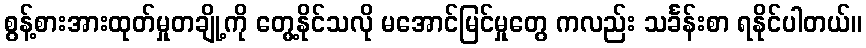
စွန့်စားအားထုတ်မှုတချို့ကို တွေ့နိုင်သလို မအောင်မြင်မှုတွေ ကလည်း သင်္ခန်းစာ ရနိုင်ပါတယ်။